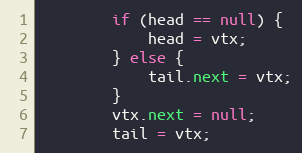
Language: Java
        if (head == null) {
            head = vtx;
        } else {
            tail.next = vtx;
        }
        vtx.next = null;
        tail = vtx;